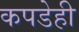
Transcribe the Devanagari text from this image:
कपडेही